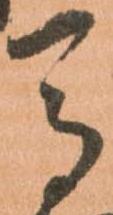
馬